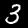
Label: 3